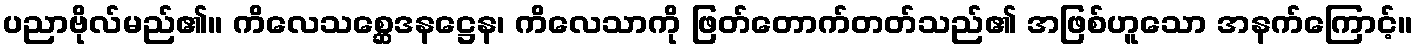
ပညာဗိုလ်မည်၏။ ကိလေသစ္ဆေဒနဋ္ဌေန၊ ကိလေသာကို ဖြတ်တောက်တတ်သည်၏ အဖြစ်ဟူသော အနက်ကြောင့်။